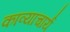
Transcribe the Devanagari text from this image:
काव्याचार्य